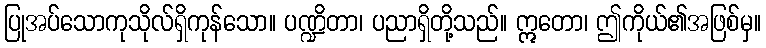
ပြုအပ်သောကုသိုလ်ရှိကုန်သော။ ပဏ္ဍိတာ၊ ပညာရှိတို့သည်။ ဣတော၊ ဤကိုယ်၏အဖြစ်မှ။